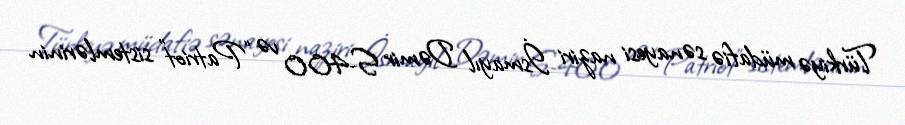
Türkiyə müdafiə sənayesi naziri İsmayıl Dəmir S-400 və “Patriot” sistemlərinin